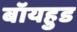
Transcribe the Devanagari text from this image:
बॉयहुड